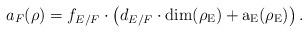
LaTeX: \begin{align*} a_F(\rho)=f_{E/F}\cdot \left( d_{E/F}\cdot \rm{dim}(\rho_E)+\textrm{a}_E(\rho_E)\right).\end{align*}